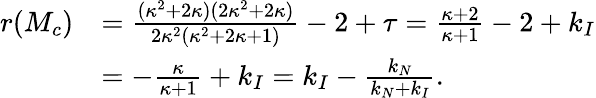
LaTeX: \begin{array}{rl}{r(M_{c})}&{=\frac{(\kappa^{2}+2\kappa)(2\kappa^{2}+2\kappa)}{2\kappa^{2}(\kappa^{2}+2\kappa+1)}-2+\tau=\frac{\kappa+2}{\kappa+1}-2+k_{I}}\\ &{=-\frac{\kappa}{\kappa+1}+k_{I}=k_{I}-\frac{k_{N}}{k_{N}+k_{I}}.}\end{array}